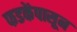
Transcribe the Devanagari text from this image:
फडकेंपासून